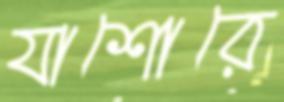
যাশোরে